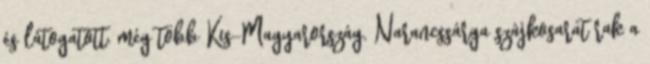
és látogatott. még több Kis-Magyarország. Narancssárga szájkosarat rak a